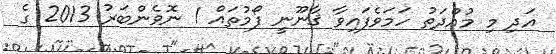
އަދި މި މުއްދަތު ހަމަވެފައިވާ ޤާނޫނީ ފޯމުތައް 1 ނޮވެންބަރު 2013 ގެ